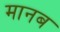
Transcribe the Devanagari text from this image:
मानब